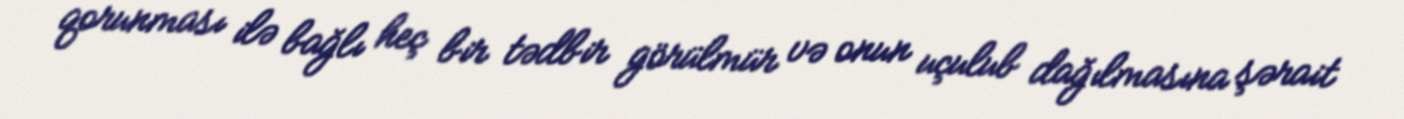
qorunması ilə bağlı heç bir tədbir görülmür və onun uçulub dağılmasına şərait